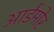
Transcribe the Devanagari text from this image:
आर्डमोर